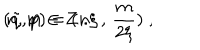
( \tilde { q } , p ) = ( n \xi \, , \, \frac { m } { 2 \xi } ) \; , \hspace { . 5 c m } n , m \in Z \; .